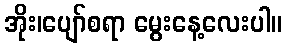
အိုး၊ပျော်စရာ မွေးနေ့လေးပါ။